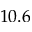
1 0 . 6